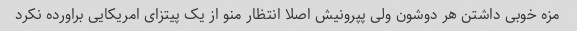
مزه خوبی داشتن هر دوشون ولی پپرونیش اصلا انتظار منو از یک پیتزای امریکایی براورده نکرد